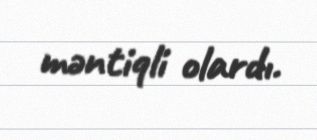
məntiqli olardı.